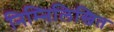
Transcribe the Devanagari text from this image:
निम्‍निलिखित